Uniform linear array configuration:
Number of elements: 8
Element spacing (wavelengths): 0.25
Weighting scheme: exponential
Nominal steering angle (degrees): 30
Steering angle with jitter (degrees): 30.663
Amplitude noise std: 0.05
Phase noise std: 0.05

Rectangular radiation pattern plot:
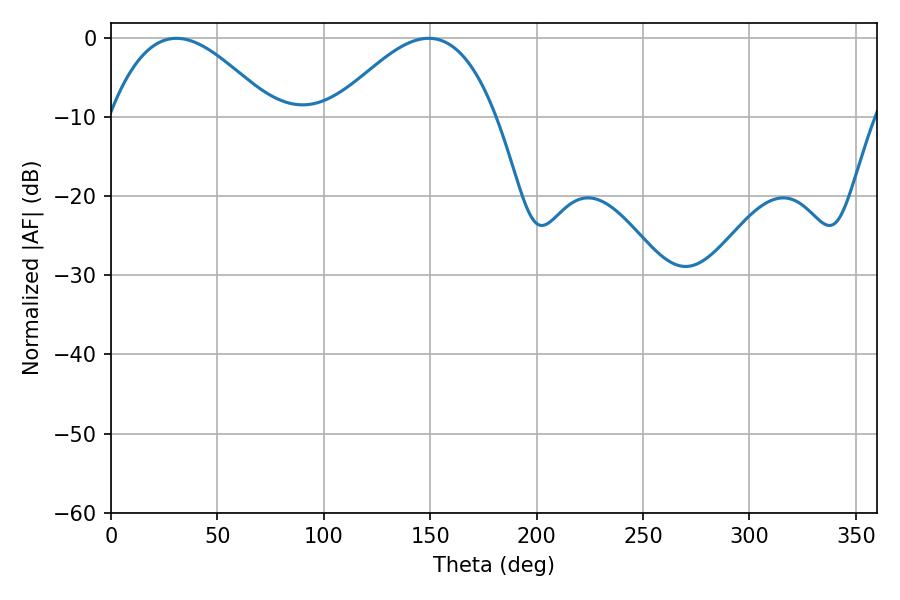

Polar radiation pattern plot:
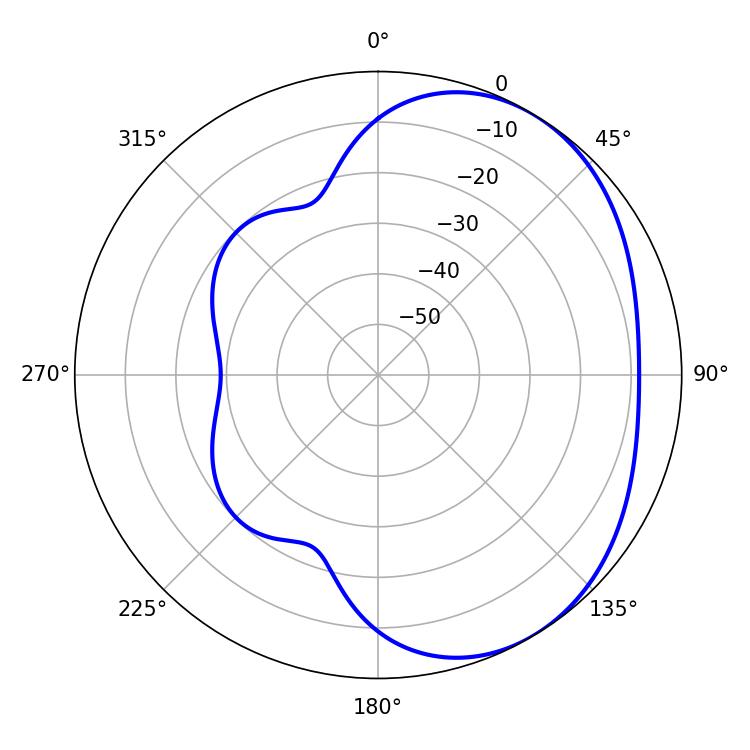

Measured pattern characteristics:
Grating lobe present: FALSE
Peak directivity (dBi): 3.405
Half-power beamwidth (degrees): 41.58
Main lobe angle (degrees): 30.78